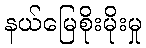
နယ်မြေစိုးမိုးမှု